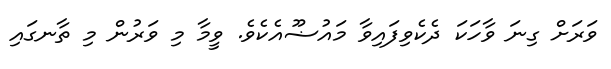
ވަރަށް ގިނަ ވާހަކަ ދެކެވިފައިވާ މައުޟޫއެކެވެ. ވީމާ މި ވަރުން މި ތާނގައި